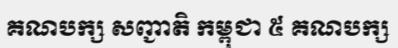
គណបក្ស សញ្ជាតិ កម្ពុជា ៥ គណបក្ស